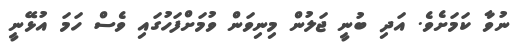
ނުވާ ކަމަށެވެ. އަދި ބުނީ ޖަލުން މިނިވަން ވުމަށްފަހުގައި ވެސް ހަމަ އުޅޭނީ